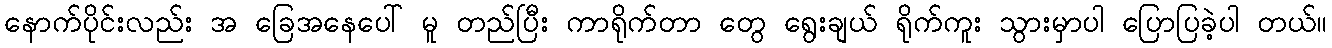
နောက်ပိုင်းလည်း အ ခြေအနေပေါ် မူ တည်ပြီး ကာရိုက်တာ တွေ ရွေးချယ် ရိုက်ကူး သွားမှာပါ ပြောပြခဲ့ပါ တယ်။